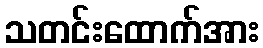
သတင်းထောက်အား